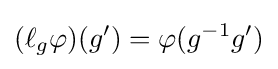
(\ell _{g}\varphi )(g')=\varphi (g^{-1}g')